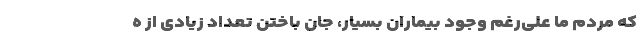
که مردم ما علی‌رغم وجود بیماران بسیار، جان باختن تعداد زیادی از ه